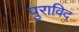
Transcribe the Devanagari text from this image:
पुराविद